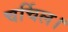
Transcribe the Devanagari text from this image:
चर्चिल।